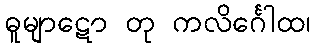
ဓူမျာဋော တု ကလိင်္ဂေါထ၊